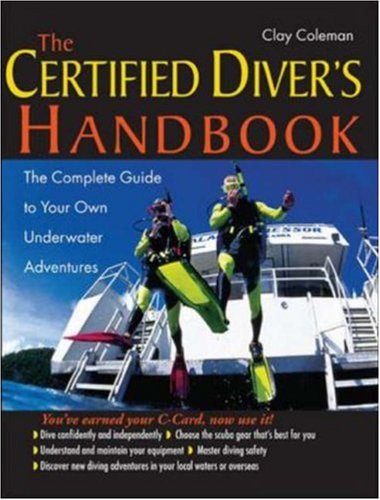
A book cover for The Certified Diver's Handbook: The Complete Guide to Your Own Underwater Adventures; Clay Coleman; Sports & Outdoors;